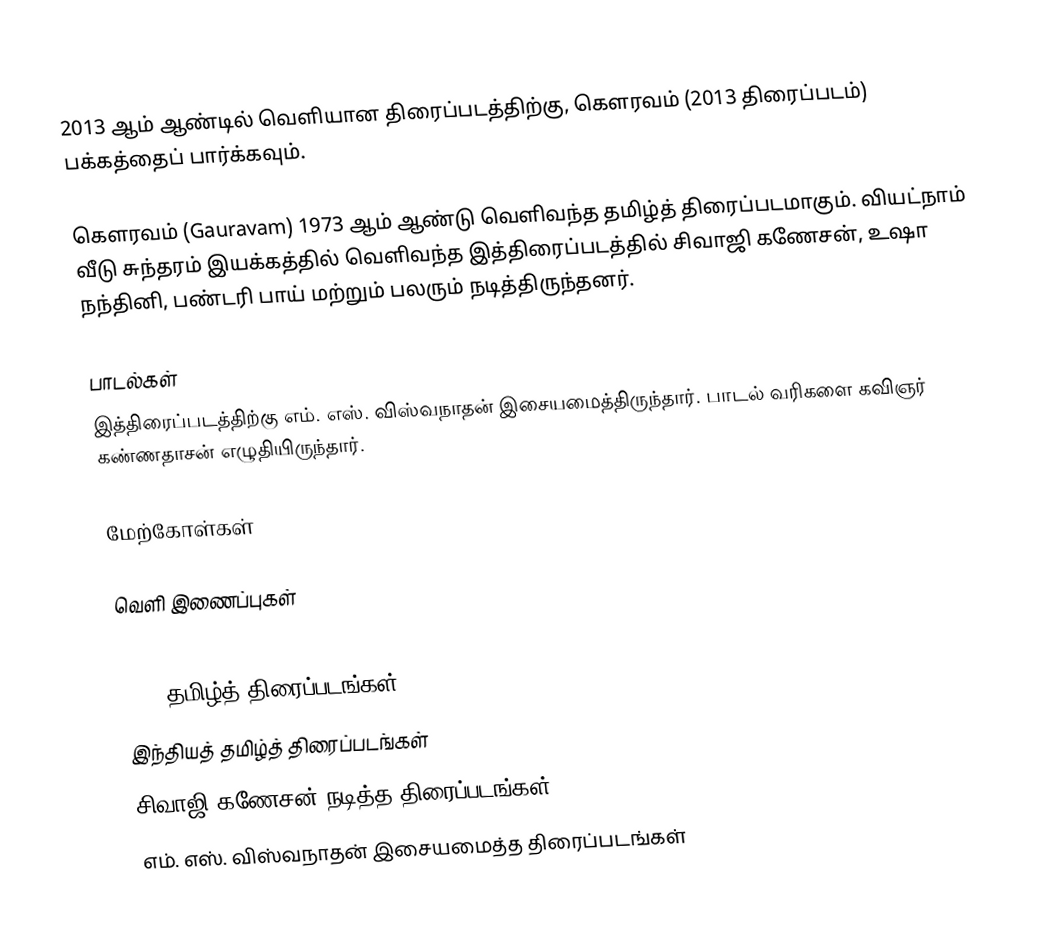
2013 ஆம் ஆண்டில் வெளியான திரைப்படத்திற்கு, கௌரவம் (2013 திரைப்படம்) பக்கத்தைப் பார்க்கவும்.

கௌரவம் (Gauravam) 1973 ஆம் ஆண்டு வெளிவந்த தமிழ்த் திரைப்படமாகும். வியட்நாம் வீடு சுந்தரம் இயக்கத்தில் வெளிவந்த இத்திரைப்படத்தில் சிவாஜி கணேசன், உஷா நந்தினி, பண்டரி பாய்  மற்றும் பலரும் நடித்திருந்தனர்.

பாடல்கள்
இத்திரைப்படத்திற்கு எம். எஸ். விஸ்வநாதன் இசையமைத்திருந்தார். பாடல் வரிகளை கவிஞர் கண்ணதாசன் எழுதியிருந்தார்.

மேற்கோள்கள்

வெளி இணைப்புகள்

1973 தமிழ்த் திரைப்படங்கள்
இந்தியத் தமிழ்த் திரைப்படங்கள்
சிவாஜி கணேசன் நடித்த திரைப்படங்கள்
எம். எஸ். விஸ்வநாதன் இசையமைத்த திரைப்படங்கள்